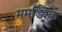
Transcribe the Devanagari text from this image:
मर्माड्यूक